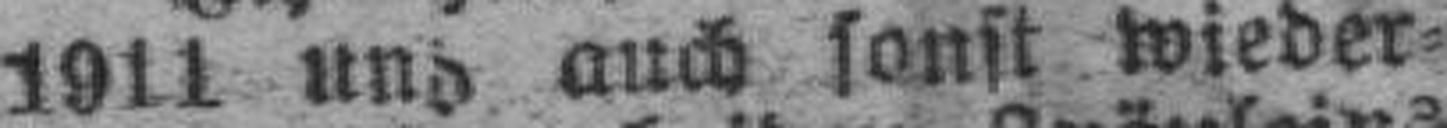
1911 und auch sonst wieder¬